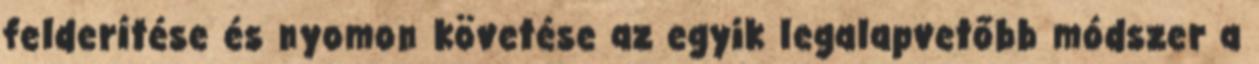
felderítése és nyomon követése az egyik legalapvetőbb módszer a